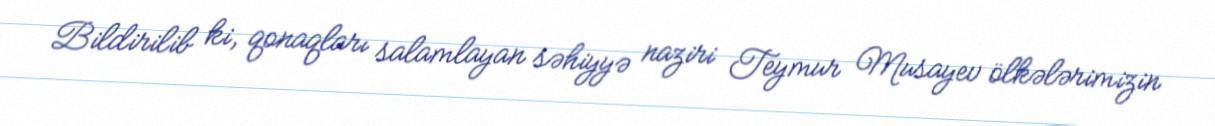
Bildirilib ki, qonaqları salamlayan səhiyyə naziri Teymur Musayev ölkələrimizin